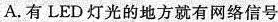
A.有LED灯光的地方就有网络信号